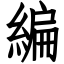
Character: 編